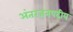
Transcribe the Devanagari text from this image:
अंतरजनपदीय